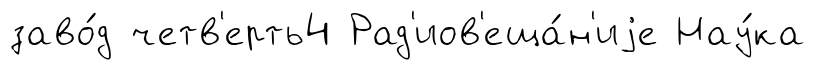
заво́д четв'ерть4 Рад'иов'еща́н'иjе Нау́ка